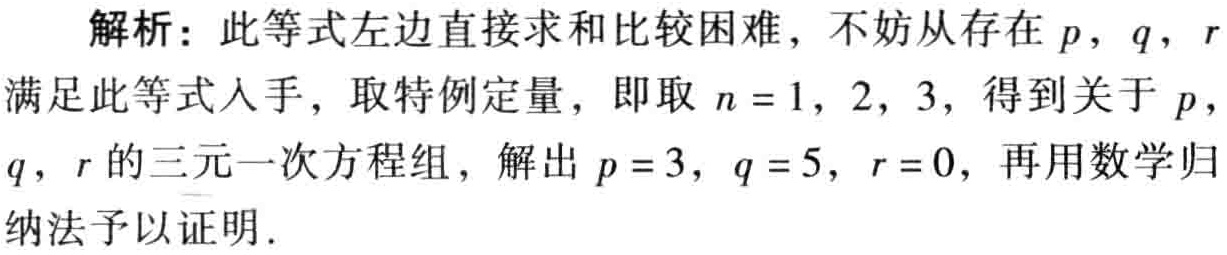
解析：此等式左边直接求和比较困难，不妨从存在 \(p\)，\(q\)，\(r\) 满足此等式入手，取特例定量，即取 \(n = 1\)，\(2\)，\(3\)，得到关于 \(p\)，\(q\)，\(r\) 的三元一次方程组，解出 \(p = 3\)，\(q = 5\)，\(r = 0\)，再用数学归纳法予以证明.